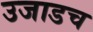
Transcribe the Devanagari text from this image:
उजाडच